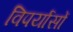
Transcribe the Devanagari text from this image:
विपर्यासों